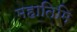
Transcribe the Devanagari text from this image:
महातिमि